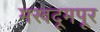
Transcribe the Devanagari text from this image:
मखदूमपूर